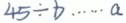
4 5 \div b \cdots a